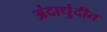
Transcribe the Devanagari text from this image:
अंदाधुंदीत